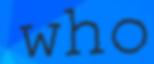
who